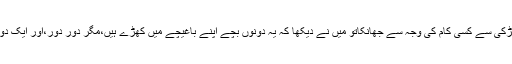
کچھ دن اور گذر گئے میں اپنی کھڑکی سے کسی کام کی وجہ سے جھانکاتو میں نے دیکھا کہ یہ دونوں بچے اپنے باغیچے میں کھڑے ہیں،مگر دور دور،اور ایک دوسرے کو گھورتے جا رہے تھے ۔